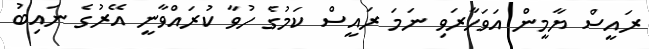
ރައީސް ޔާމީން އަވަހާރަވި ނަމަ ރައީސް ކަމުގެ ހުވާ ކުރައްވާނީ އޭރުގެ ނައިބު